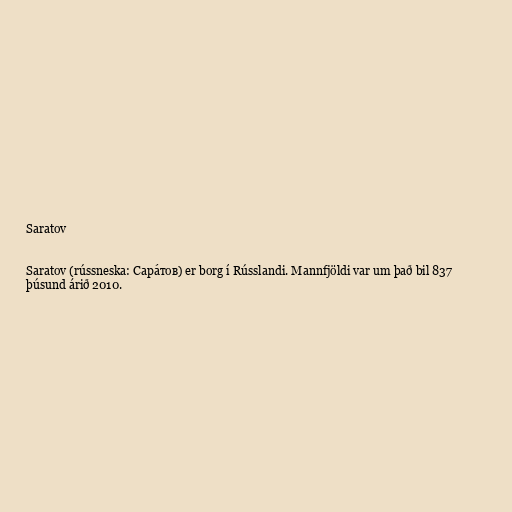
Saratov

Saratov (rússneska: Сара́тов) er borg í Rússlandi. Mannfjöldi var um það bil 837
þúsund árið 2010.